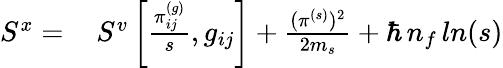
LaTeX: \begin{array}{rl}{S^{x}=}&{{}\, S^{v}\left[\frac{\pi_{ij}^{(g)}}{s},g_{ij}\right]+\frac{(\pi^{(s)})^{2}}{2m_{s}}+\hbar\, n_{f}\, ln(s)}\end{array}